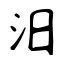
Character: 汨